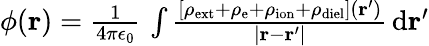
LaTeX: \begin{array}{r}{\phi(\mathbf{r})=\frac{1}{4\pi\epsilon_{0}}\, \int\frac{\left[\rho_{\mathrm{ext}}+\rho_{\mathrm{e}}+\rho_{\mathrm{ion}}+\rho_{\mathrm{diel}}\right](\mathbf{r}^{\prime})}{|\mathbf{r}-\mathbf{r}^{\prime}|}\, \mathrm{d}\mathbf{r}^{\prime}}\end{array}